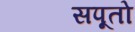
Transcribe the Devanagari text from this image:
सपूतो